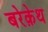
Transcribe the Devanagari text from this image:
बरेक़ेथ